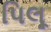
પિલૂ